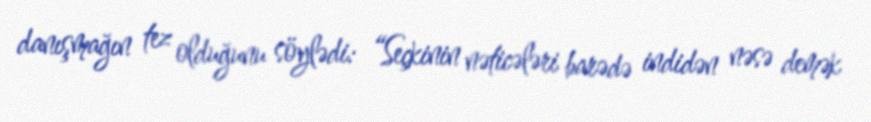
danışmağın tez olduğunu söylədi: “Seçkinin nəticələri barədə indidən nəsə demək